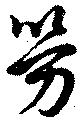
勞